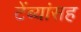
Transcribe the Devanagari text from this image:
टेंब्यांसह